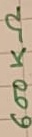
Text: 600KΩ